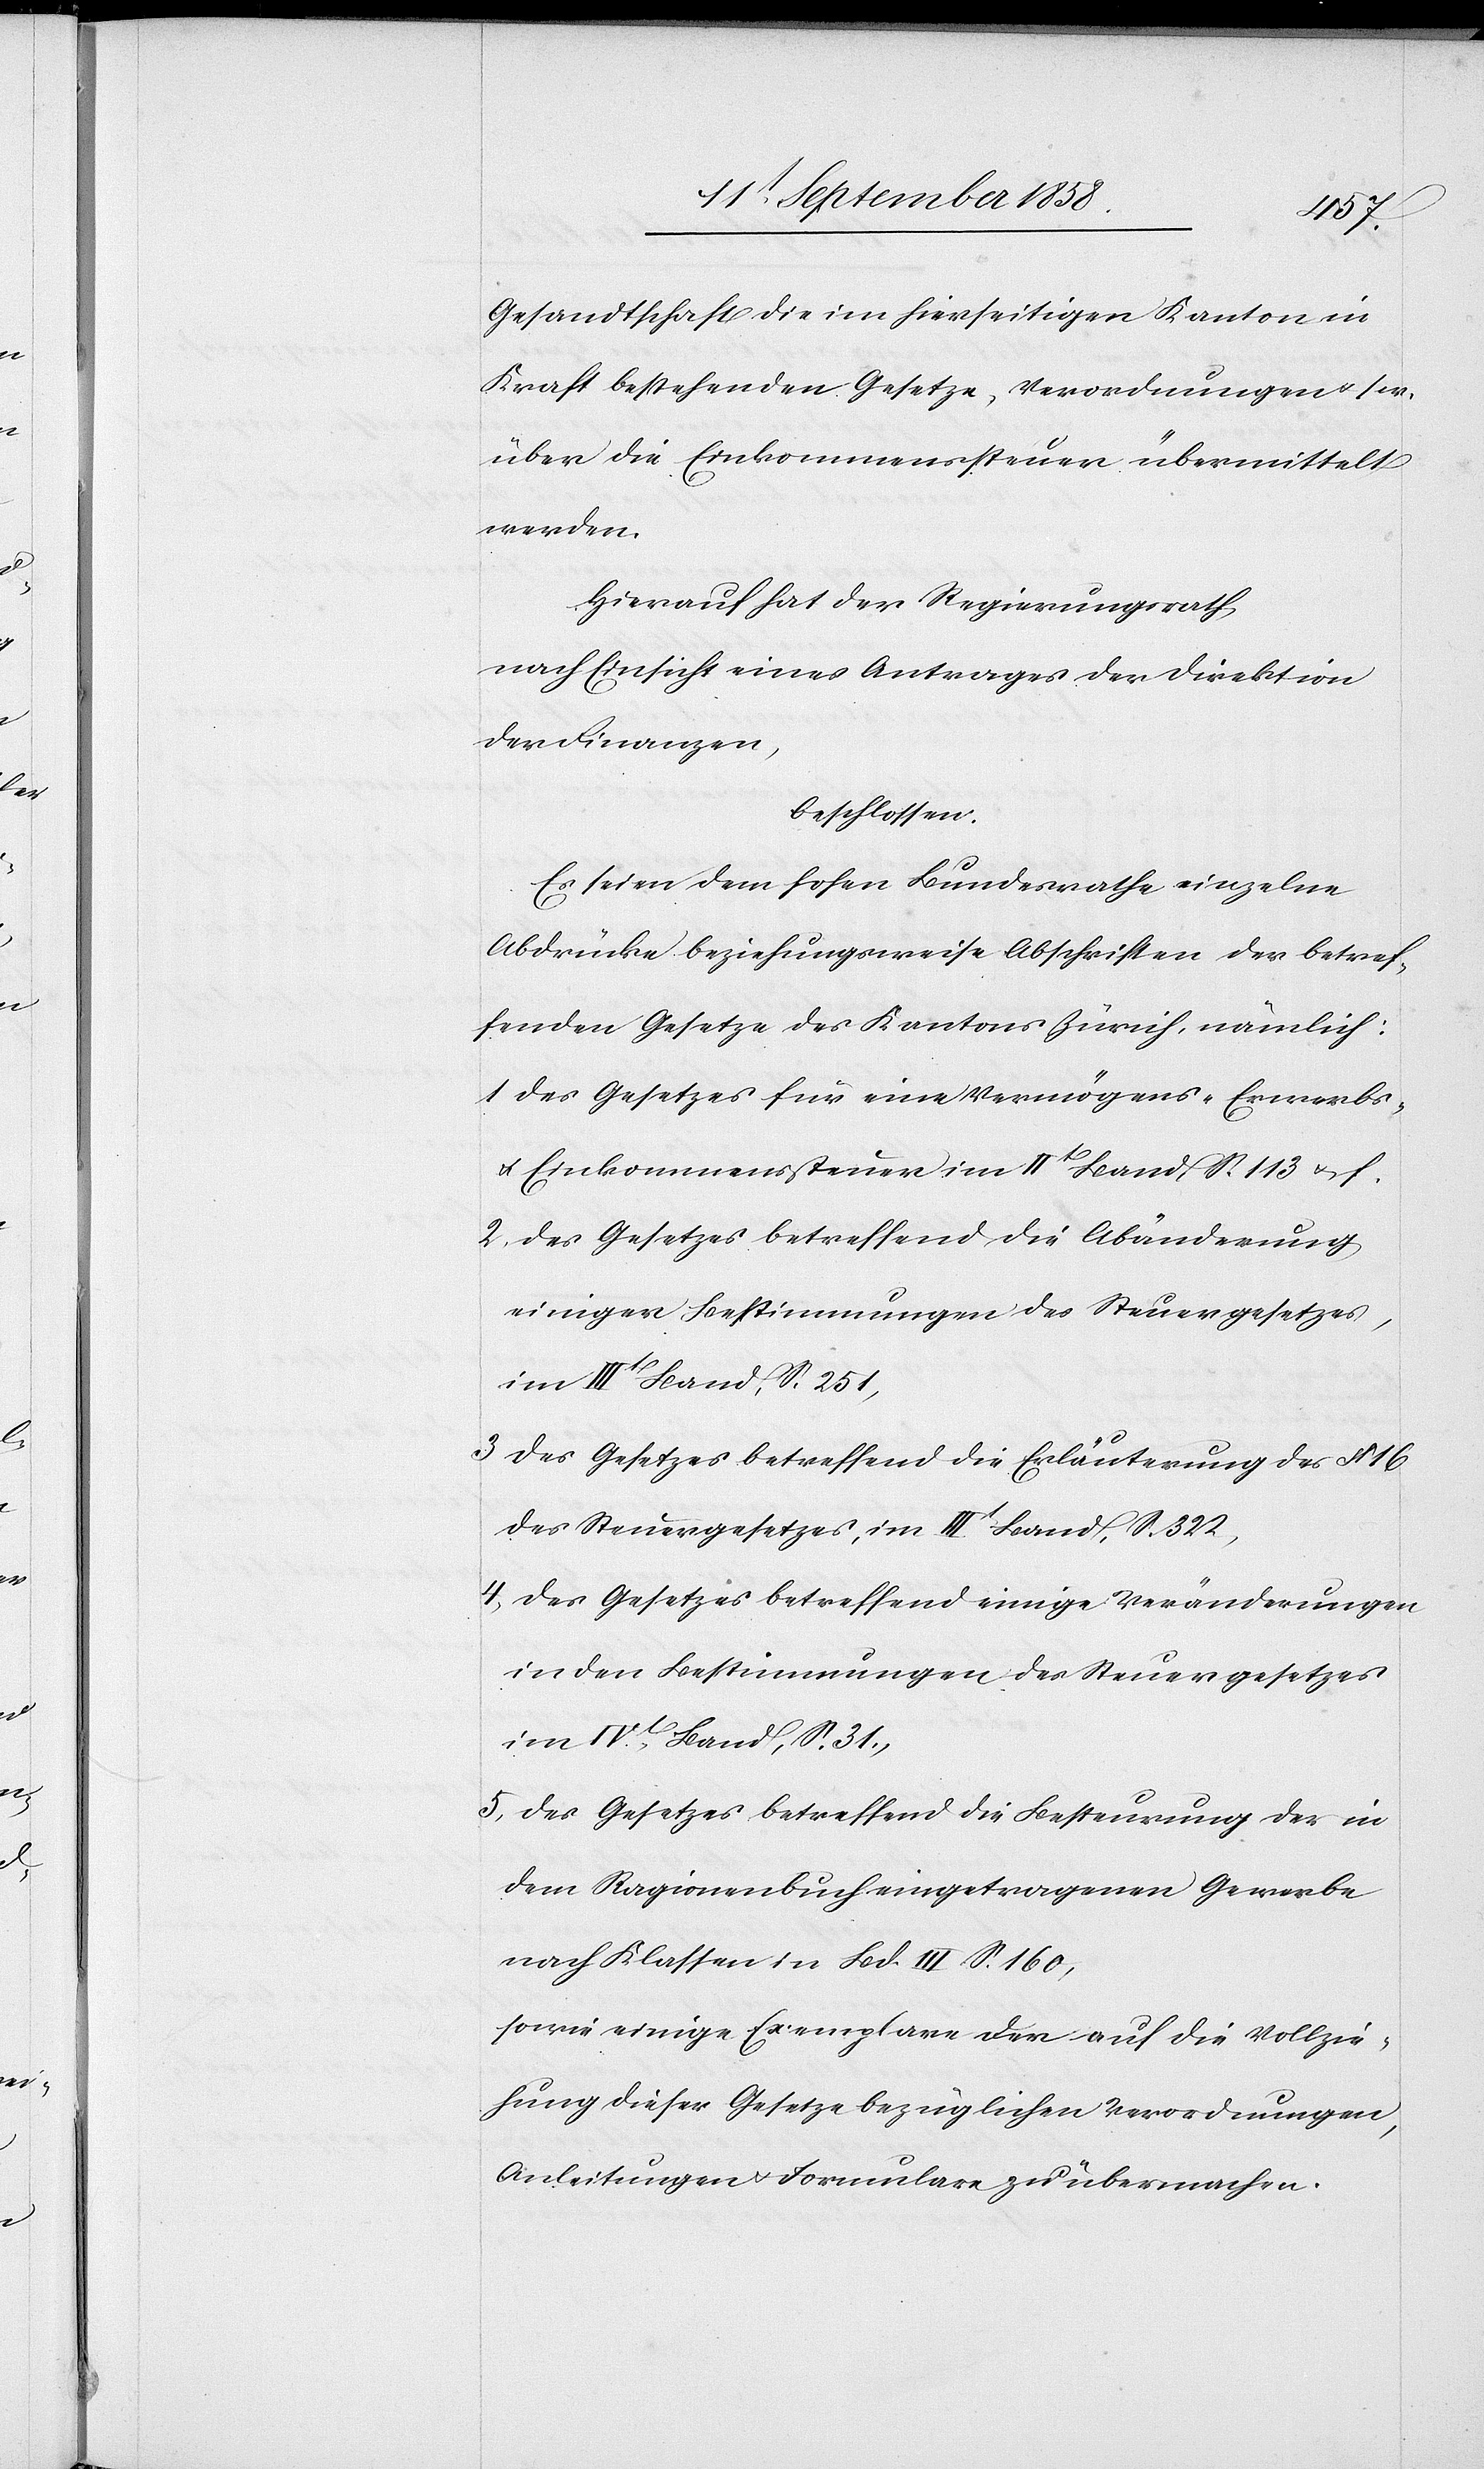
Gesandtschaft die im hierseitigen Kanton in
Kraft bestehenden Gesetze, Verordnungen & s.
über die Einkommenssteuer übermittelt
werden.
Hierauf hat der Regierungsrath,
nach Einsicht eines Antrages der Direktion
der Finanzen,
beschlossen:
Es seien dem hohen Bundesrathe einzelne
Abdrücke beziehungsweise Abschriften der betref¬
fenden Gesetze des Kantons Zürich, nämlich:
des Gesetzes für eine Vermögens-[,] Erwerbs-
& Einkommenssteuer im IIt Band S. 113 & f.
des Gesetzes betreffend die Abänderung
einiger Bestimmungen des Steuergesetzes,
im IIIt Band, S. 251,
des Gesetzes betreffend die Erläuterung des § 16
des Steuergesetzes, im IIIt Band, S. 322,
des Gesetzes betreffend einige Veränderungen
in den Bestimmungen des Steuergesetzes
im IVt. Band, S. 31,
des Gesetzes betreffend die Besteurung der in
dem Ragionenbuch eingetragenen Gewerbe
nach Klassen in Bd. III. S. 160,
sowie einige Exemplare der auf die Vollzie¬
hung dieser Gesetze bezüglichen Verordnungen,
Anleitungen & Formulare zu übermachen.